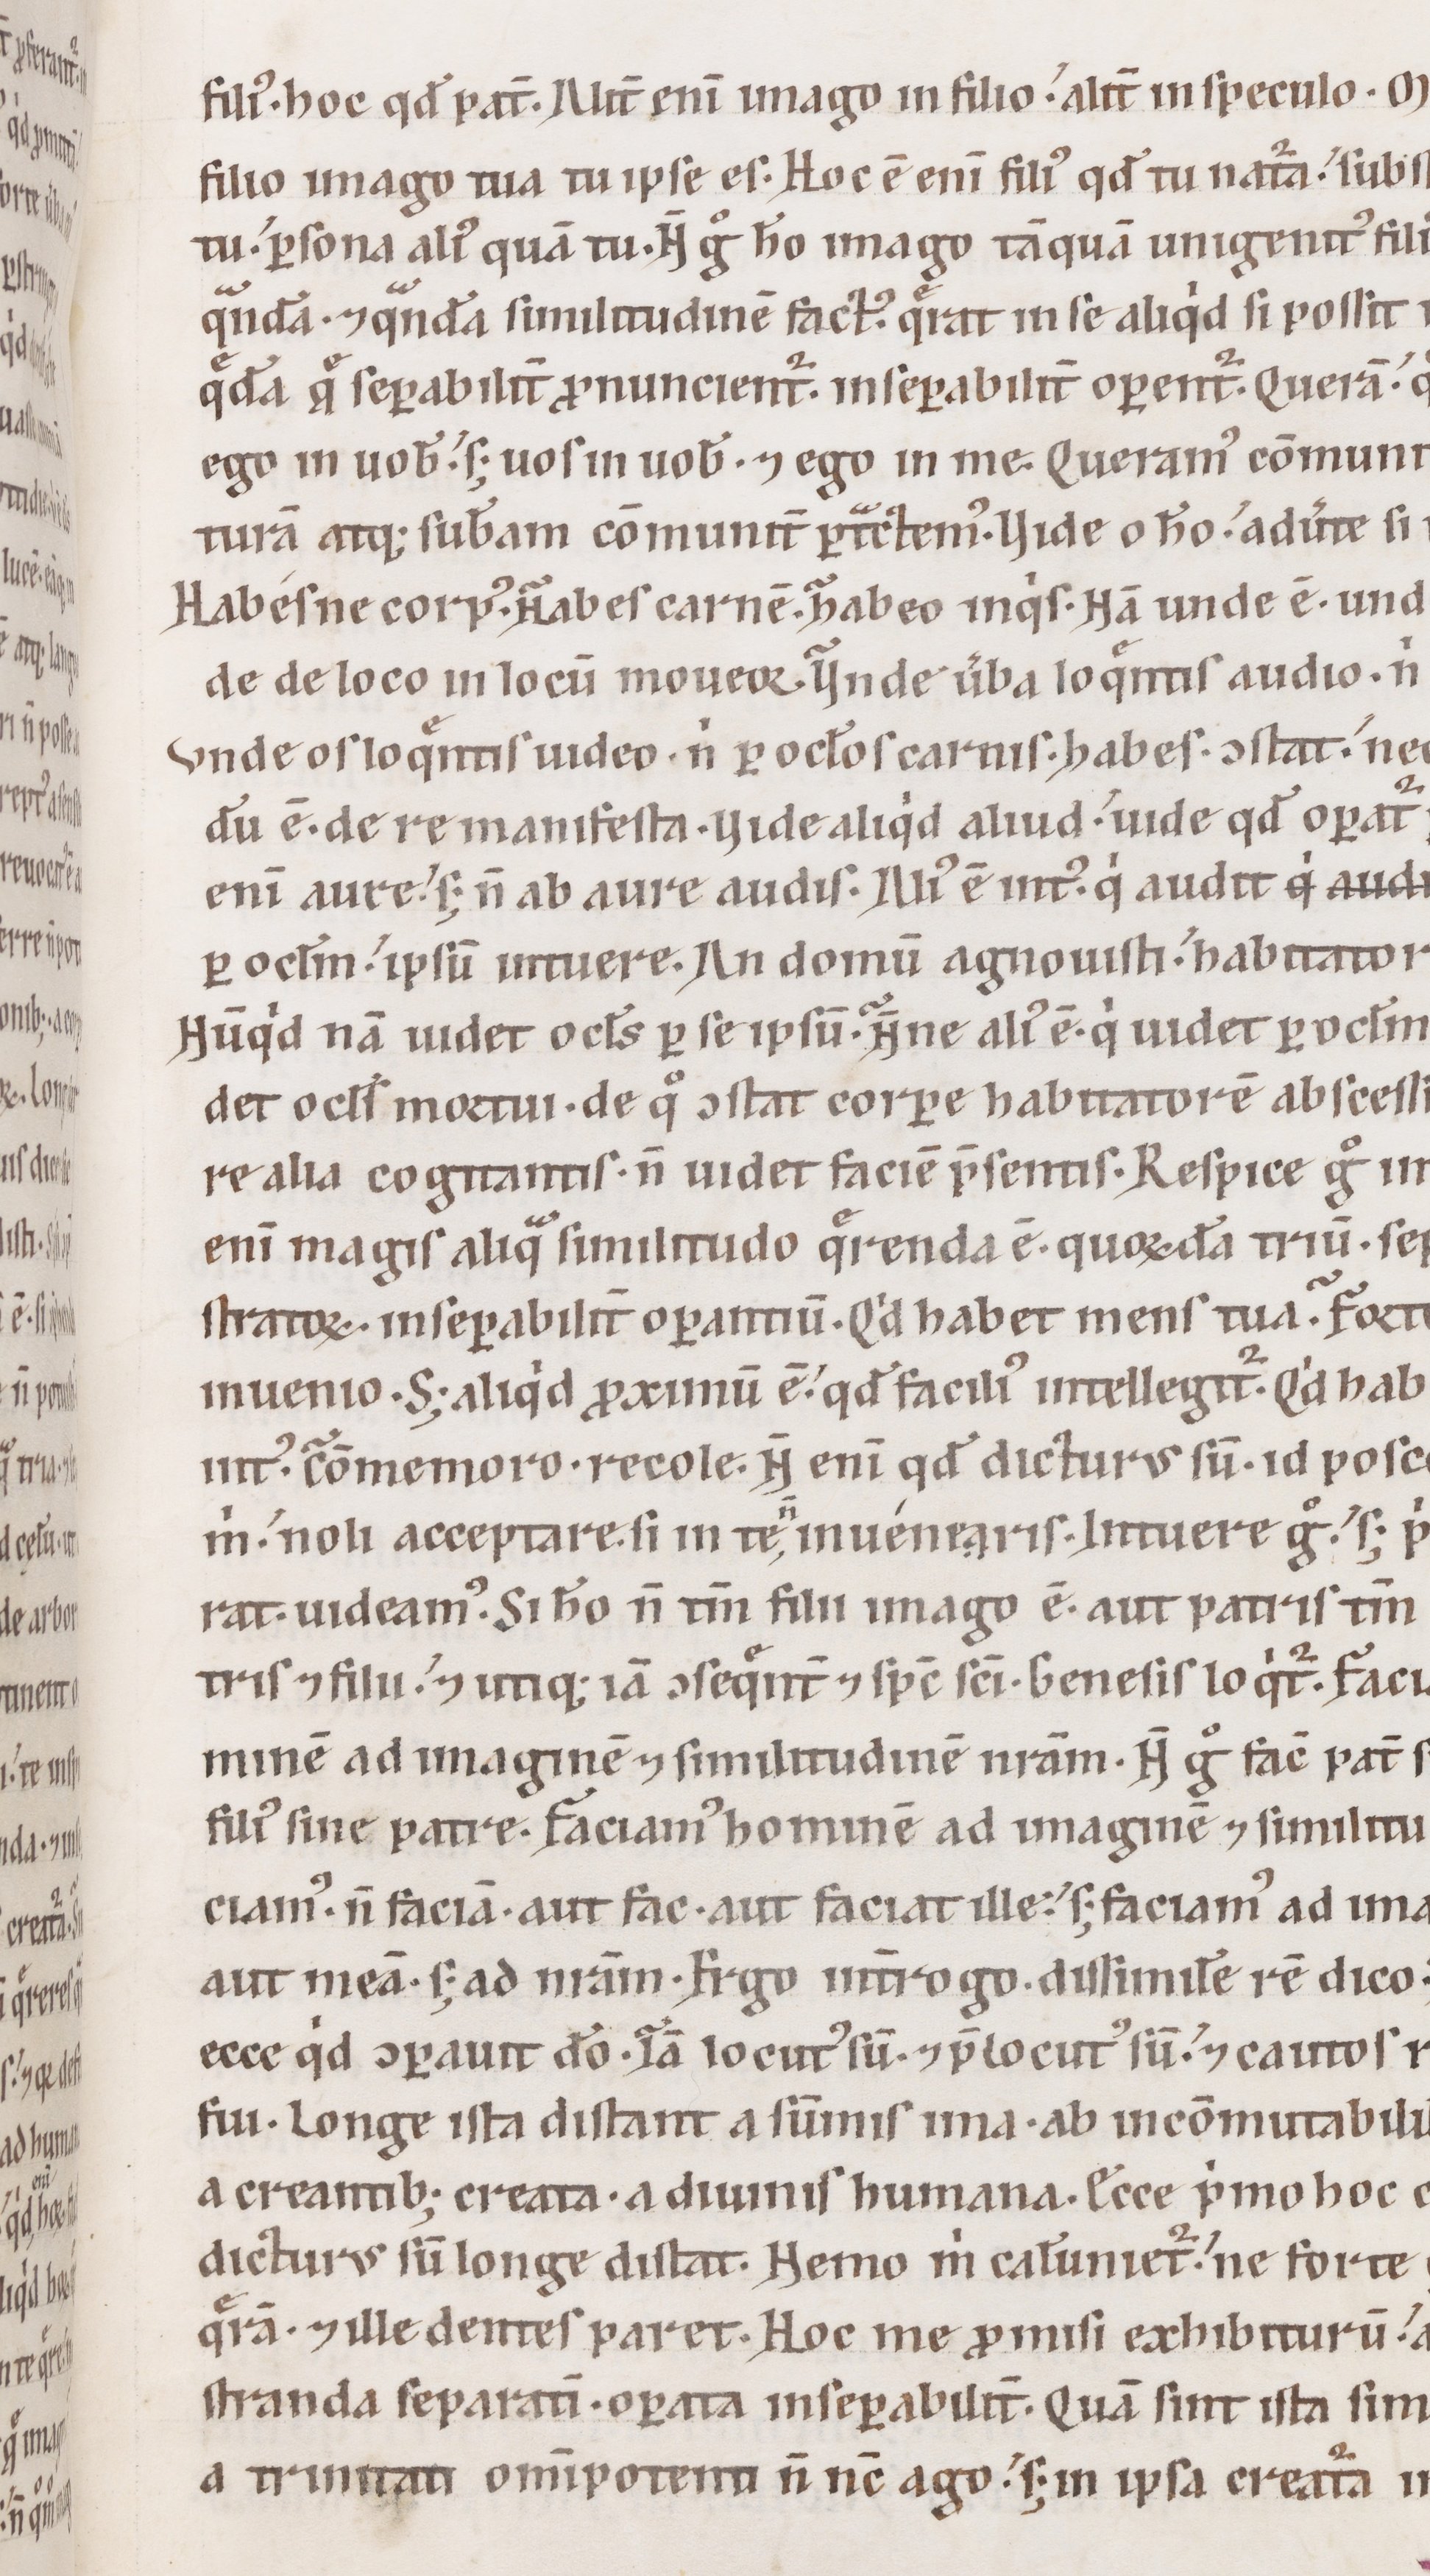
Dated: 1100–1199